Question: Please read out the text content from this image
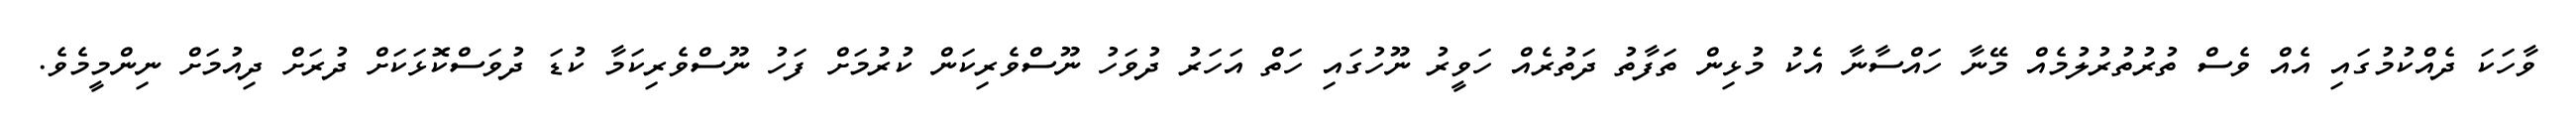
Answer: ވާހަކަ ދެއްކުމުގައި އެއް ވެސް ތުރުތުރުލުމެއް މޭނާ ހައްސާނާ އެކު މުޅިން ތަފާތު ދަތުރެއް ހަވީރު ނޫހުގައި ހަތް އަހަރު ދުވަހު ނޫސްވެރިކަން ކުރުމަށް ފަހު ނޫސްވެރިކަމާ ކުޑަ ދުވަސްކޮޅަކަށް ދުރަށް ދިއުމަށް ނިންމީމެވެ.